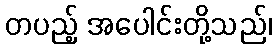
တပည့် အပေါင်းတို့သည်၊